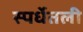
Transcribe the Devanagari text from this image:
स्पर्धेतली